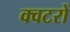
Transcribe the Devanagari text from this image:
क्वटरों